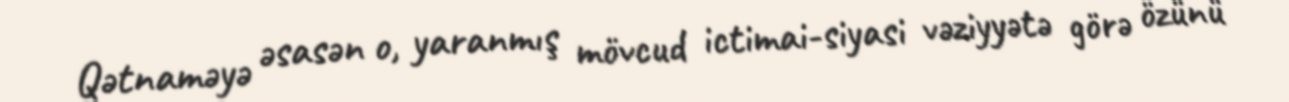
Qətnaməyə əsasən o, yaranmış mövcud ictimai-siyasi vəziyyətə görə özünü